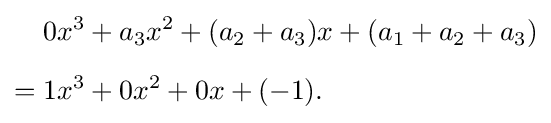
{\begin{aligned}&0x^{3}+a_{3}x^{2}+(a_{2}+a_{3})x+(a_{1}+a_{2}+a_{3})\\[5pt]={}&1x^{3}+0x^{2}+0x+(-1).\end{aligned}}